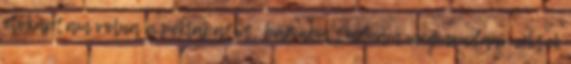
előkaptam volna a péklapátot, bár nem tudnám megmondani nektek